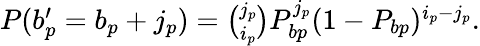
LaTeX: \begin{array}{r}{P(b_{p}^{\prime}=b_{p}+j_{p})=\binom{j_{p}}{i_{p}}P_{bp}^{j_{p}}(1-P_{bp})^{i_{p}-j_{p}}.}\end{array}